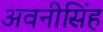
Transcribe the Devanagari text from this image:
अवनीसिंह